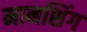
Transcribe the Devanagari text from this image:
मानशिंग